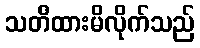
သတိထားမိလိုက်သည်